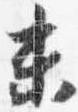
未